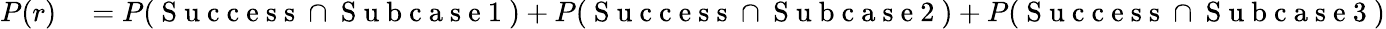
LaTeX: \begin{array}{rl}{P(r)}&{{}=P(\mathrm{~S~u~c~c~e~s~s~}\cap\mathrm{~S~u~b~c~a~s~e~1~})+P(\mathrm{~S~u~c~c~e~s~s~}\cap\mathrm{~S~u~b~c~a~s~e~2~})+P(\mathrm{~S~u~c~c~e~s~s~}\cap\mathrm{~S~u~b~c~a~s~e~3~})}\end{array}